Report on sanitation, dispensaries, and jails in Rajputana for 1917, and on vaccination for the year 1917-1918 - 1917-1918
Year: 1917
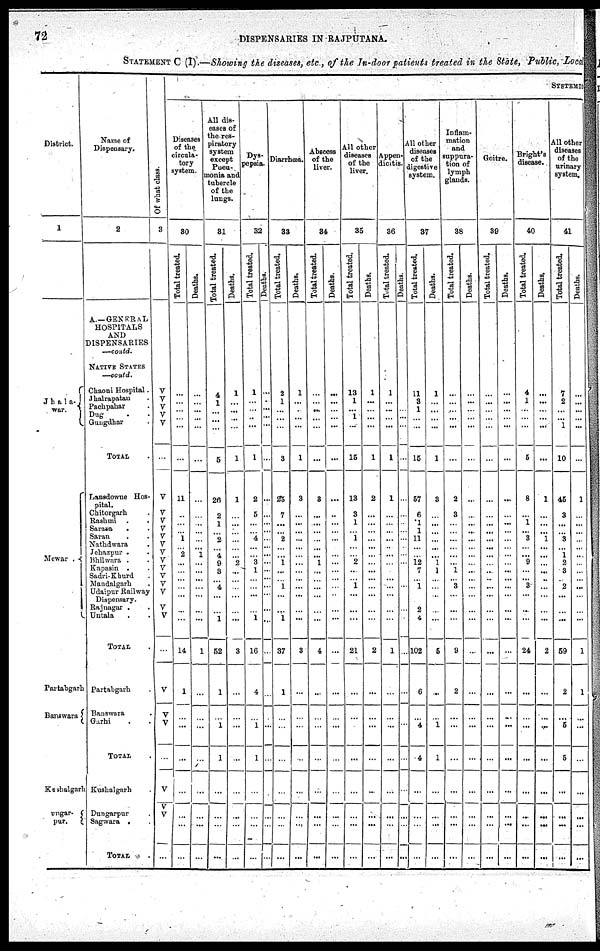
72
DISPENSARIES IN RAJPUTANA.
STATEMENT C (I).—Showing the diseases, etc, of the In-door patients treated in the State, Public, Loca
District.
1
Jhala¬
war.
Mewar .
Partabgarh
Banswara
Kushalgarh
Dungar¬
pur.
Name of
Dispensary.
2
A.—GENERAL
HOSPITALS
AND
DISPENSARIES
—contd.
NATIVE STATES
—contd.
Chaoni Hospital.
Jhalrapatan .
Pachpahar .
Dug
. .
Gungdhar .
TOTAL
Lansdowne Hos-
pital.
Chitorgnrh .
Rashmi . .
Sarara . .
Saran . .
Nathdwara .
Jehazpur . .
Bhilwara . .
Kapasin .
Sadri-Khurd .
Mandalgarh .
Udaipur Railway
Dispensary.
Rajnagar . .
Untala . .
TOTAL .
Partabgarh .
Banswara .
Garhi .
TOTAL .
Kushalgarh .
Dungarpur
Sagwara . .
TOTAL .
Of what class.
3
V
V
V
V
V
...
V
V
V
V
V
V
V
V
V
V
V
V
V
V
...
V
V
V
...
V
V
V
...
SYSTEMIC
Diseases
of the
circula¬
tory
system.
30
Total treated.
...
...
...
...
...
...
11
...
...
...
1
...
2
... ...
...
...
...
...
...
14
1
...
...
...
...
...
...
...
Deaths.
...
...
...
...
...
...
...
...
...
...
...
...
1
...
...
...
...
...
...
...
1
...
...
...
...
...
...
...
...
All dis¬
eases of
the res¬
piratory
system
except
Pneu¬
monia and
tubercle
of the
lungs.
31
Total treated.
4
1
...
...
...
5
26
2
1
...
2
...
4
9
3
...
4
...
...
1
52
1
...
1
1
...
...
...
...
Deaths.
1
...
...
...
...
1
1
...
...
...
...
...
...
2
...
...
...
...
...
...
3
...
...
...
...
...
...
...
...
Dys¬
pepsia
32
Total treated.
1
...
...
...
...
1
2
5
...
...
4
...
...
3
1
...
...
...
...
1
16
4
...
1
1
...
...
...
...
Deaths.
...
...
...
...
...
...
...
...
...
...
...
...
...
...
...
...
...
...
...
...
...
...
...
...
...
...
...
...
...
Diarrhœa.
33
Total treated.
2
1
...
...
...
3
25
7
...
...
2
...
...
1
...
...
1
...
...
1
37
1
...
...
...
...
...
...
...
Deaths.
1
...
...
...
...
1
3
...
...
...
...
...
...
...
...
...
...
...
...
...
3
...
...
...
...
...
...
...
...
Abscess
of the
liver.
34
Total treated.
...
...
...
...
...
...
3
...
...
...
...
...
...
1
...
...
...
...
...
...
4
...
...
...
...
...
...
...
...
Deaths.
...
...
...
...
...
...
...
...
...
...
...
...
...
...
...
...
...
...
...
...
...
...
...
...
...
...
...
...
...
All other
diseases
of the
liver.
35
Total treated.
13
1
... 1
...
15
13
3
1
...
1
...
...
2
...
...
1
...
...
...
21
...
...
...
...
...
...
...
...
Deaths.
1
...
...
...
...
1
2
...
...
...
...
...
...
...
...
...
...
...
...
...
2
...
...
...
...
...
...
...
...
Appen-
dicitis.
36
Total treated.
1
...
...
...
...
1
1
...
...
...
...
...
...
...
...
...
...
...
...
...
1
...
...
...
...
...
...
...
...
Deaths.
...
...
...
...
...
...
...
...
...
...
...
...
...
...
...
...
...
...
...
...
...
...
...
...
...
...
...
...
...
All other
diseases
of the
digestive
system.
37
Total treated.
11
3
1
...
...
15
57
6
1
1
11
...
...
12
7
...
1
...
2
4
102
6
...
4
4
...
...
...
...
Deaths.
1
...
...
...
...
1
3
...
...
...
...
...
...
1
1
...
...
...
...
...
5
...
...
1
1
...
...
...
...
Inflam-
mation
and
suppura-
tion of
lymph
glands.
38
Total treated.
...
...
...
...
...
...
2
3
...
...
...
...
...
...
1
...
3
...
...
...
9
2
...
...
...
...
...
...
...
Deaths.
...
...
...
...
...
...
...
...
...
...
...
...
...
...
...
...
...
...
...
...
...
...
...
...
...
...
...
...
...
Goitre.
39
Total treated.
...
...
...
...
...
...
...
...
...
...
...
...
...
...
...
...
...
...
...
...
...
...
...
...
...
...
...
...
...
Deaths.
...
...
...
......
...
...
...
...
...
...
...
...
...
...
...
...
...
...
...
...
...
...
...
...
...
...
...
...
...
Bright's
disease.
40
Total treated.
4
1
...
...
...
5
8
...
1
...
3
...
...
9
...
...
3
...
...
...
24
...
...
...
...
...
...
...
...
Deaths.
...
...
...
...
...
...
1
...
...
...
1
...
...
...
...
...
...
...
...
...
2
...
...
...
...
...
...
...
...
All other
diseases
of the
urinary
system.
41
Total treated.
7
2
...
...
1
10
45
3
...
...
3
...
1
2
3
...
2
...
...
...
59
2
...
5
5
...
...
...
...
Deaths.
...
...
...
...
...
...
1
...
...
...
...
...
...
...
...
...
...
...
...
...
1
1
...
...
...
...
...
...
...